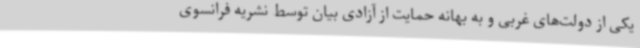
یکی از دولت‌های غربی و به بهانه حمایت از آزادی بیان توسط نشریه فرانسوی